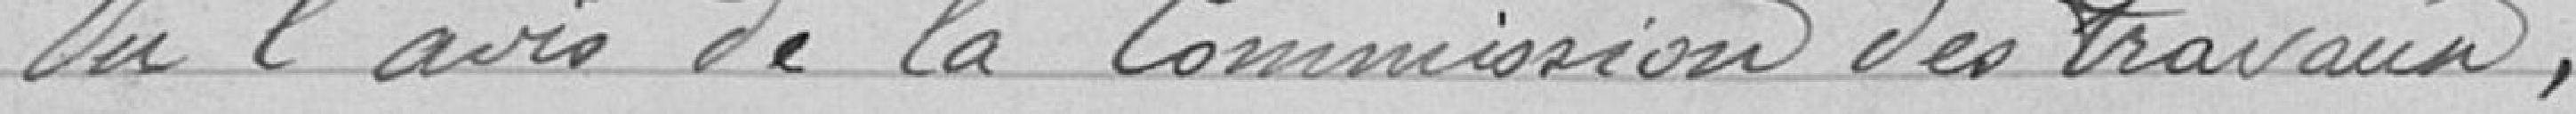
Vu l'avis de la commission des travaux